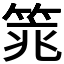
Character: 𱸉